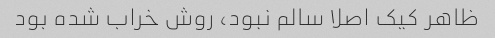
ظاهر کیک اصلا سالم نبود، روش خراب شده بود